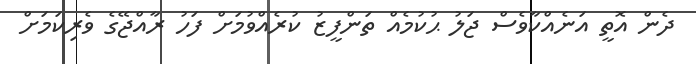
ދެން އޮތީ އަނެއްކާވެސް ޖަލު ޙުކުމެއް ތަންފީޒު ކުރެއްވުމަށް ފަހު ރާއްޖޭގެ ވެރިކަމަށް